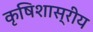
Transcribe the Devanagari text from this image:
कृषिशास्रीय